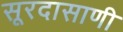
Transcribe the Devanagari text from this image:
सूरदासाणी